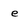
Character: e